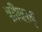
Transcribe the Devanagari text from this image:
ग्रीव्ह्ज्